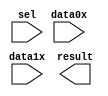
module lpm_mux_2bit (
	data0x,
	data1x,
	sel,
	result);

	input	[1:0]  data0x;
	input	[1:0]  data1x;
	input	  sel;
	output	[1:0]  result;

endmodule